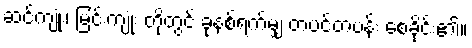
ဆင်ကျုံး၊ မြင်းကျုံး တို့တွင် ခုနစ်ရက်မျှ တပင်တပန်း စေခိုင်း၏။